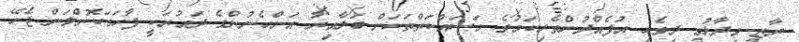
ރާޒީ ވިދާޅުވީ ދިވެހި އުފެއްދުންތެރިކަމުގެ މަސައްކަތްތަކަށް ބަލާއިރު އަންހެނުންގެ ދައުރަކީ ފާހަގަކޮށްލަން ޖެހޭ